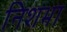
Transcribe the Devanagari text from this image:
निशभा